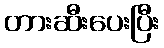
တားဆီးပေးပြီး